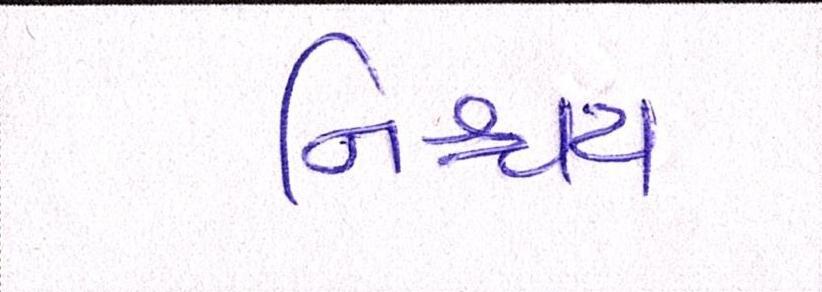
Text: નિશ્ચય